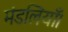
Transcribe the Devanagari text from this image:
मंडलियाँ।